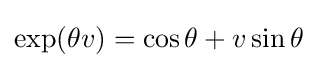
\exp(\theta v)=\cos \theta +v\sin \theta